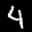
Label: 4